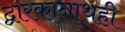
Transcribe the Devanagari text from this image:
द्वारकानाथही